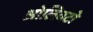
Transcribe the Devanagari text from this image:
ओलिवटो